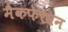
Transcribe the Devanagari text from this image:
मैकफेरसन